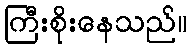
ကြီးစိုးနေသည်။